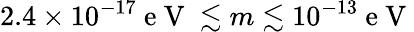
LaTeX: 2.4\times 10^{-17}\mathrm{~e~V~}\lesssim m\lesssim 10^{-13}\mathrm{~e~V~}